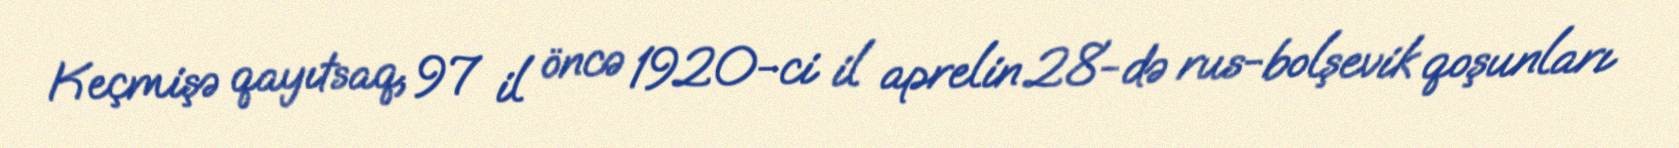
Keçmişə qayıtsaq, 97 il öncə 1920-ci il aprelin 28-də rus-bolşevik qoşunları